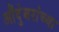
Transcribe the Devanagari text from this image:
औंदुंबरांच्या